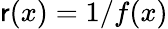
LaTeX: \mathsf{r}(x)=1/f(x)